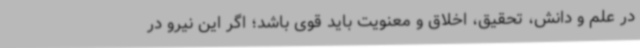
در علم و دانش، تحقیق، اخلاق و معنویت باید قوی باشد؛ اگر این نیرو در